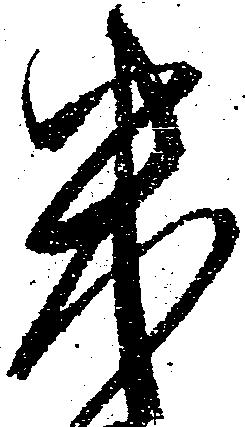
幾